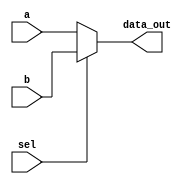
`timescale 1ns / 1ps
//////////////////////////////////////////////////////////////////////////////////
// Company: 
// Engineer: 
// 
// Design Name: 
// Module Name: Mux
// Project Name: 
// Target Devices: 
// Tool Versions: 
// Description: 
// 
// Dependencies: 
// 
// Revision:
// Revision 0.01 - File Created
// Additional Comments:
// 
//////////////////////////////////////////////////////////////////////////////////


module Mux
(
	input [63:0] a,
	input [63:0] b,
	input  sel,
	
	output reg [63:0]data_out
);



always @ (a, b, sel)
begin
	if (!sel)
		data_out = a;
	else
		data_out = b;
end

endmodule